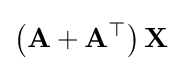
\left(\mathbf {A} +\mathbf {A} ^{\top }\right)\mathbf {X}